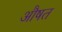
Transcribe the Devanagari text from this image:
औषत